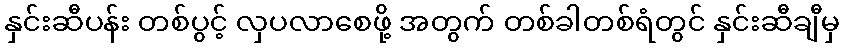
နှင်းဆီပန်း တစ်ပွင့် လှပလာစေဖို့ အတွက် တစ်ခါတစ်ရံတွင် နှင်းဆီချီမှ